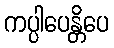
ကပ္ပါပေန္တိပေ